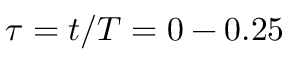
\tau = t / T = 0 - 0 . 2 5